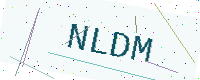
Text: NLDM